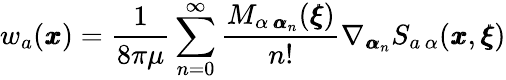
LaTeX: w_{a}({\pmb x})=\frac{1}{8\pi\mu}\sum_{n=0}^{\infty}\frac{M_{\alpha\, {\pmb\alpha}_{n}}({\pmb\xi})}{n!}\nabla_{{\pmb\alpha}_{n}}S_{a\, \alpha}({\pmb x},{\pmb\xi})